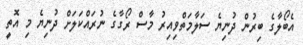
އެބޯލާގެ ބިރުން ދުނިޔެ ސަލާމަތްވިއިރު މާސް ރޯގާގެ ނުރައްކަލަށް ދުނިޔެ މި އޮތީ